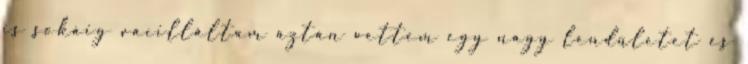
is sokáig vacilláltam aztán vettem egy nagy lendületet és